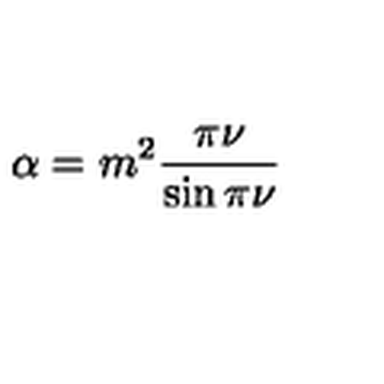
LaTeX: \alpha = m ^ { 2 } \frac { \pi \nu } { \sin \pi \nu }